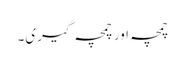
چمچہ اور چمچہ گیری۔